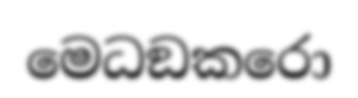
මෙධඞකරො